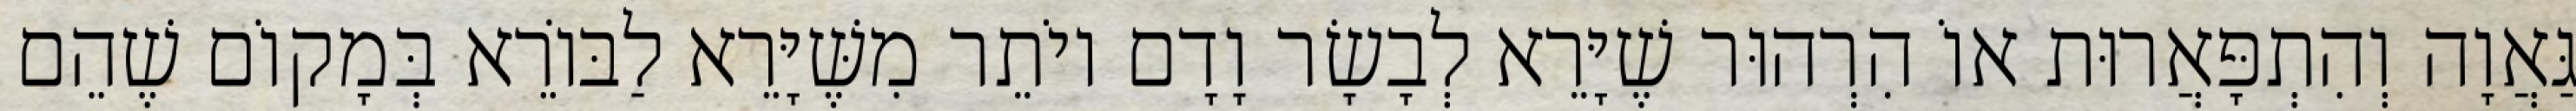
גַּאֲוָה וְהִתְפָּאֲרוּת אוֹ הִרְהוּר שֶׁיָּרֵא לְבָשָׂר וָדָם יוֹתֵר מִשֶּׁיָּרֵא לַבּוֹרֵא בְּמָקוֹם שֶׁהֵם